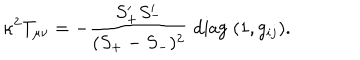
\kappa ^ { 2 } T _ { \mu \nu } = - \frac { S _ { + } ^ { \prime } S _ { - } ^ { \prime } } { ( S _ { + } - S _ { - } ) ^ { 2 } } \; \mathrm { d i a g } \; ( 1 , g _ { i j } ) .